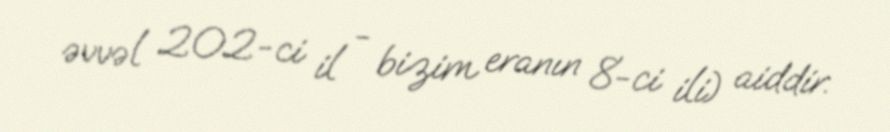
əvvəl 202-ci il - bizim eranın 8-ci ili) aiddir.